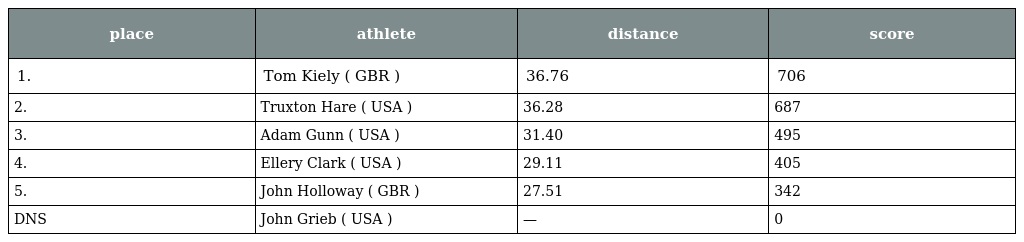
| place | athlete | distance | score |
 | --- | --- | --- | --- |
 | 1. | Tom Kiely ( GBR ) | 36.76 | 706 |
 | 2. | Truxton Hare ( USA ) | 36.28 | 687 |
 | 3. | Adam Gunn ( USA ) | 31.40 | 495 |
 | 4. | Ellery Clark ( USA ) | 29.11 | 405 |
 | 5. | John Holloway ( GBR ) | 27.51 | 342 |
 | DNS | John Grieb ( USA ) | — | 0 |